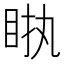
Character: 𥅿